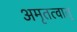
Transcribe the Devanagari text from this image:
अमृतत्वात्